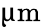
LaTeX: \upmu\mathrm{m}